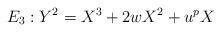
LaTeX: \begin{align*} E_3 : Y^2 = X^3 + 2wX^2 + u^{p}X \end{align*}